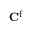
\mathbf { C } ^ { \mathrm { { f } } }